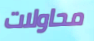
محاولات